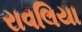
રાવલિયા